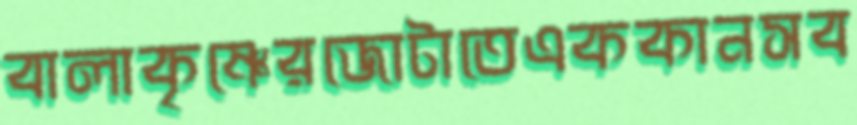
বালাকৃষ্ণেরজোটাতেএককানসব